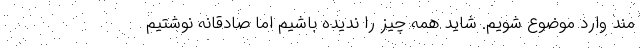
مند وارد موضوع شویم. شاید همه چیز را ندیده باشیم اما صادقانه نوشتیم